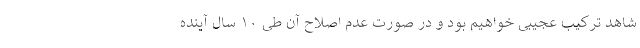
شاهد ترکیب عجیبی خواهیم بود و در صورت عدم اصلاح آن طی ۱۰ سال آینده